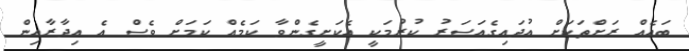
ބައެއް ރަށްތަކަށް އުދައިގެއަސަރު ކުރުމަކީ އެކަށީގެންވާ ކަމެއް ކަމަށް ވެސް އެ އިދާރާއިން